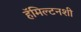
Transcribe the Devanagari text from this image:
हॅमिल्टनशी